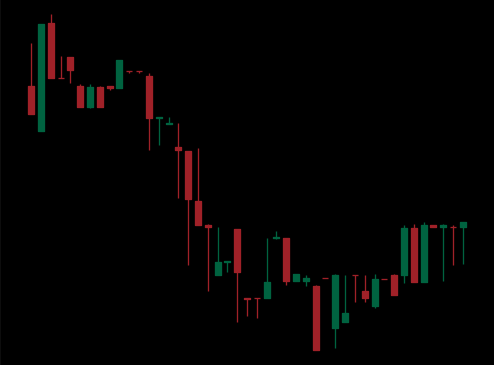
Pattern: bull_flag